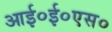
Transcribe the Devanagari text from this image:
आई०ई०एस०